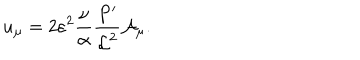
u _ { \mu } = 2 \varepsilon ^ { 2 } \frac { \nu } { \alpha } \frac { P ^ { \prime } } { { \cal L } ^ { 2 } } { \cal A } _ { \mu } .